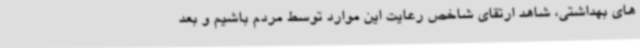
های بهداشتی، شاهد ارتقای شاخص رعایت این موارد توسط مردم باشیم و بعد